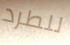
للطرد